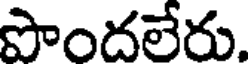
పొందలేరు.